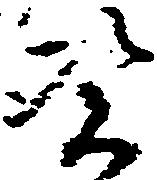
憑